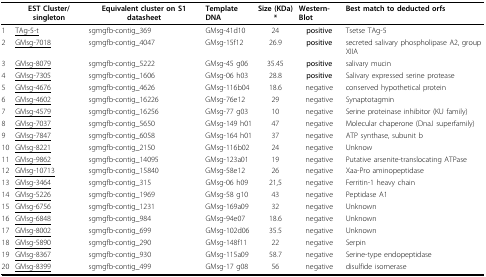
<table><thead><tr><td></td><td><b>EST Cluster/singleton</b></td><td><b>Equivalent cluster on S1 datasheet</b></td><td><b>Template DNA</b></td><td><b>Size (KDa)*</b></td><td><b>Western-Blot</b></td><td><b>Best match to deducted orfs</b></td></tr></thead><tbody><tr><td>1</td><td><underline>TAg-5-t</underline></td><td>sgmgfb-contig_369</td><td>GMsg-41d10</td><td>24</td><td><b>positive</b></td><td>Tsetse TAg-5</td></tr><tr><td>2</td><td><underline>GMsg-7018</underline></td><td>sgmgfb-contig_4047</td><td>GMsg-15f12</td><td>26.9</td><td><b>positive</b></td><td>secreted salivary phospholipase A2, group XIIA</td></tr><tr><td>3</td><td><underline>GMsg-8079</underline></td><td>sgmgfb-contig_5222</td><td>GMsg-45 g06</td><td>35.45</td><td><b>positive</b></td><td>salivary mucin</td></tr><tr><td>4</td><td><underline>GMsg-7305</underline></td><td>sgmgfb-contig_1606</td><td>GMsg-06 h03</td><td>28.8</td><td><b>positive</b></td><td>Salivary expressed serine protease</td></tr><tr><td>5</td><td><underline>GMsg-4676</underline></td><td>sgmgfb-contig_4626</td><td>GMsg-116b04</td><td>18.6</td><td>negative</td><td>conserved hypothetical protein</td></tr><tr><td>6</td><td><underline>GMsg-4602</underline></td><td>sgmgfb-contig_16226</td><td>GMsg-76e12</td><td>29</td><td>negative</td><td>Synaptotagmin</td></tr><tr><td>7</td><td><underline>GMsg-4579</underline></td><td>sgmgfb-contig_16256</td><td>GMsg-77 g03</td><td>10</td><td>negative</td><td>Serine proteinase inhibitor (KU family)</td></tr><tr><td>8</td><td><underline>GMsg-7037</underline></td><td>sgmgfb-contig_5650</td><td>GMsg-149 h01</td><td>47</td><td>negative</td><td>Molecular chaperone (DnaJ superfamily)</td></tr><tr><td>9</td><td><underline>GMsg-7847</underline></td><td>sgmgfb-contig_6058</td><td>GMsg-164 h01</td><td>37</td><td>negative</td><td>ATP synthase, subunit b</td></tr><tr><td>10</td><td><underline>GMsg-8221</underline></td><td>sgmgfb-contig_2150</td><td>GMsg-116b02</td><td>24</td><td>negative</td><td>Unknow</td></tr><tr><td>11</td><td><underline>GMsg-9862</underline></td><td>sgmgfb-contig_14095</td><td>GMsg-123a01</td><td>19</td><td>negative</td><td>Putative arsenite-translocating ATPase</td></tr><tr><td>12</td><td><underline>GMsg-10713</underline></td><td>sgmgfb-contig_15840</td><td>GMsg-58e12</td><td>26</td><td>negative</td><td>Xaa-Pro aminopeptidase</td></tr><tr><td>13</td><td><underline>GMsg-3464</underline></td><td>sgmgfb-contig_315</td><td>GMsg-06 h09</td><td>21,5</td><td>negative</td><td>Ferritin-1 heavy chain</td></tr><tr><td>14</td><td><underline>GMsg-5226</underline></td><td>sgmgfb-contig_1969</td><td>GMsg-58 g10</td><td>43</td><td>negative</td><td>Peptidase A1</td></tr><tr><td>15</td><td><underline>GMsg-6756</underline></td><td>sgmgfb-contig_1231</td><td>GMsg-169a09</td><td>32</td><td>negative</td><td>Unknown</td></tr><tr><td>16</td><td><underline>GMsg-6848</underline></td><td>sgmgfb-contig_984</td><td>GMsg-94e07</td><td>18.6</td><td>negative</td><td>Unknown</td></tr><tr><td>17</td><td><underline>GMsg-8002</underline></td><td>sgmgfb-contig_699</td><td>GMsg-102d06</td><td>35.5</td><td>negative</td><td>Unknown</td></tr><tr><td>18</td><td><underline>GMsg-5890</underline></td><td>sgmgfb-contig_290</td><td>GMsg-148f11</td><td>22</td><td>negative</td><td>Serpin</td></tr><tr><td>19</td><td><underline>GMsg-8367</underline></td><td>sgmgfb-contig_930</td><td>GMsg-115a09</td><td>58.7</td><td>negative</td><td>Serine-type endopeptidase</td></tr><tr><td>20</td><td><underline>GMsg-8399</underline></td><td>sgmgfb-contig_499</td><td>GMsg-17 g08</td><td>56</td><td>negative</td><td>disulfide isomerase</td></tr></tbody></table>